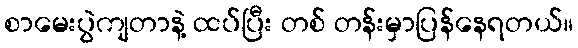
စာမေးပွဲကျတာနဲ့ ထပ်ပြီး တစ် တန်းမှာပြန်နေရတယ်။